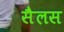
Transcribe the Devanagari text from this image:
सैलस